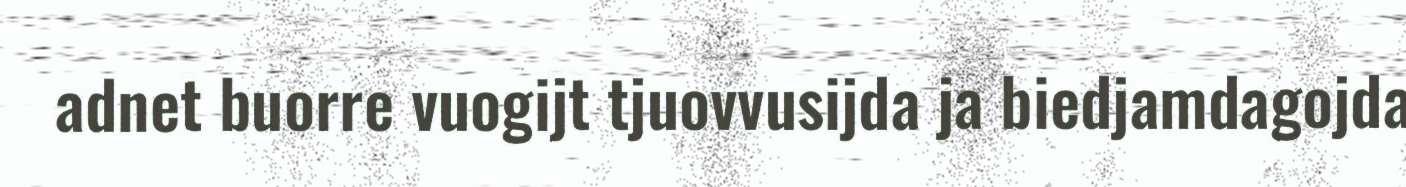
adnet buorre vuogijt tjuovvusijda ja biedjamdagojda